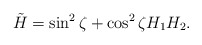
\begin{align*}\tilde H = \sin^2\zeta + \cos^2\zeta H_1 H_2.\end{align*}